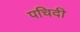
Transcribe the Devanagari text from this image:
पचिदी